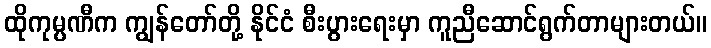
ထိုကုမ္ပဏီက ကျွန်တော်တို့ နိုင်ငံ စီးပွားရေးမှာ ကူညီဆောင်ရွက်တာများတယ်။